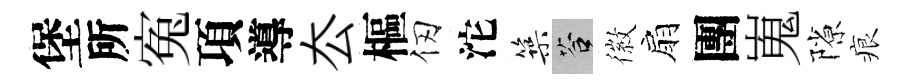
堡所寃項導厺樞仞沱築答徽扇團嵬隙痕